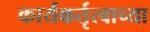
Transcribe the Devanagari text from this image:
कार्यकर्तृत्वाच्या